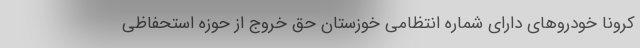
کرونا خودروهای دارای شماره انتظامی خوزستان حق خروج از حوزه استحفاظی